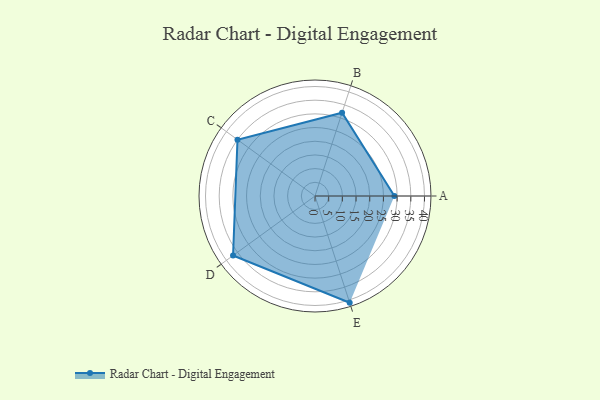
{"axis": {"x": "Skill", "y": "Score"}, "legend": ["Profile"], "data": [{"x": "A", "y": 29.0, "type": "Profile"}, {"x": "B", "y": 32.0, "type": "Profile"}, {"x": "C", "y": 35.0, "type": "Profile"}, {"x": "D", "y": 37.0, "type": "Profile"}, {"x": "E", "y": 41.0, "type": "Profile"}]}